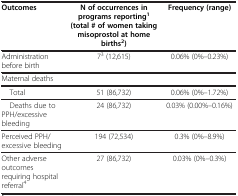
| Outcomes | N of occurrences in programs reporting1 (total # of women taking misoprostol at home births2) | Frequency (range) |
 | --- | --- | --- |
 | Administration before birth | 73 (12,615) | 0.06% (0%–0.23%) |
 | Maternal deaths |  |  |
 | Total | 51 (86,732) | 0.06% (0%–1.72%) |
 | Deaths due to PPH/excessive bleeding | 24 (86,732) | 0.03% (0.00%–0.16%) |
 | Perceived PPH/excessive bleeding | 194 (72,534) | 0.3% (0%–8.9%) |
 | Other adverse outcomes requiring hospital referral4 | 27 (86,732) | 0.03% (0%–0.3%) |